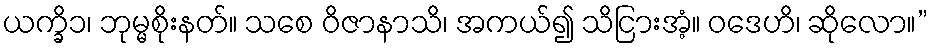
ယက္ခိ၁၊ ဘုမ္မစိုးနတ်။ သစေ ဝိဇာနာသိ၊ အကယ်၍ သိငြားအံ့။ ဝဒေဟိ၊ ဆိုလော။”